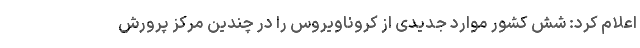
اعلام کرد: شش کشور موارد جدیدی از کروناویروس را در چندین مرکز پرورش